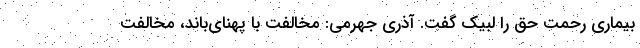
بیماری رحمت حق را لبیک گفت. آذری جهرمی: مخالفت با پهنای‌باند، مخالفت